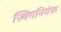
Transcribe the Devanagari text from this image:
ज़्बिगनियेफ़